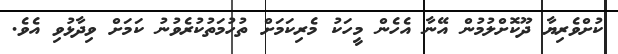
ކުށްވެރިޔާ ދޫކޮށްލުމުން އޭނާ އެހެން މީހަކު މެރިކަމަށް ތުހުމަތުކުރެވުނު ކަމަށް ވިދާޅުވި އެވެ.